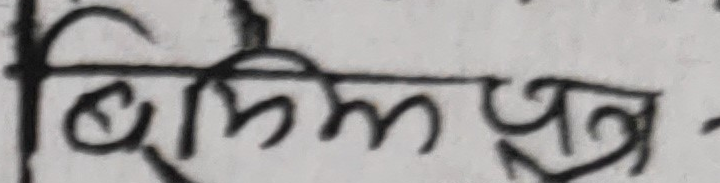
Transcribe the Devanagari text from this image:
बिल पत्र